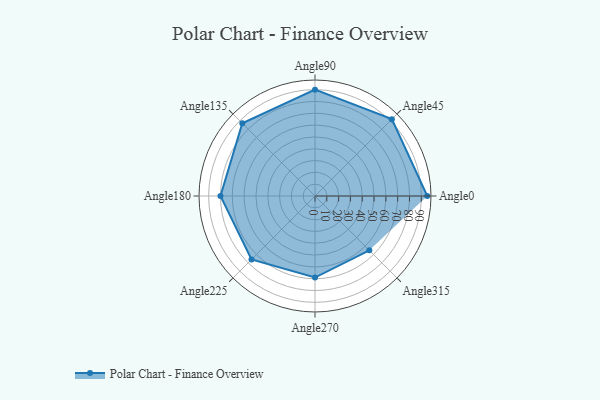
{"axis": {"x": "Angle", "y": "Radius"}, "legend": [""], "data": [{"x": "Angle0", "y": 95.0, "type": ""}, {"x": "Angle45", "y": 92.0, "type": ""}, {"x": "Angle90", "y": 90.0, "type": ""}, {"x": "Angle135", "y": 87.0, "type": ""}, {"x": "Angle180", "y": 80.0, "type": ""}, {"x": "Angle225", "y": 76.0, "type": ""}, {"x": "Angle270", "y": 69.0, "type": ""}, {"x": "Angle315", "y": 65.0, "type": ""}]}